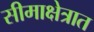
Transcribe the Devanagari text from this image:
सीमाक्षेत्रात